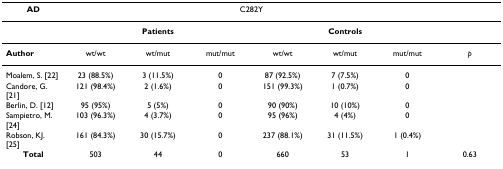
| AD | <COLSPAN=6> C282Y |  |
 | --- | --- | --- | --- | --- | --- | --- | --- |
 |  | <COLSPAN=3> Patients | <COLSPAN=3> Controls |  |
 | Author | wt/wt | wt/mut | mut/mut | wt/wt | wt/mut | mut/mut | p |
 | Moalem, S. [22] | 23 (88.5%) | 3 (11.5%) | 0 | 87 (92.5%) | 7 (7.5%) | 0 |  |
 | Candore, G. [21] | 121 (98.4%) | 2 (1.6%) | 0 | 151 (99.3%) | 1 (0.7%) | 0 |  |
 | Berlin, D. [12] | 95 (95%) | 5 (5%) | 0 | 90 (90%) | 10 (10%) | 0 |  |
 | Sampietro, M. [24] | 103 (96.3%) | 4 (3.7%) | 0 | 95 (96%) | 4 (4%) | 0 |  |
 | Robson, KJ. [25] | 161 (84.3%) | 30 (15.7%) | 0 | 237 (88.1%) | 31 (11.5%) | 1 (0.4%) |  |
 | Total | 503 | 44 | 0 | 660 | 53 | 1 | 0.63 |